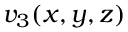
v _ { 3 } ( x , y , z )